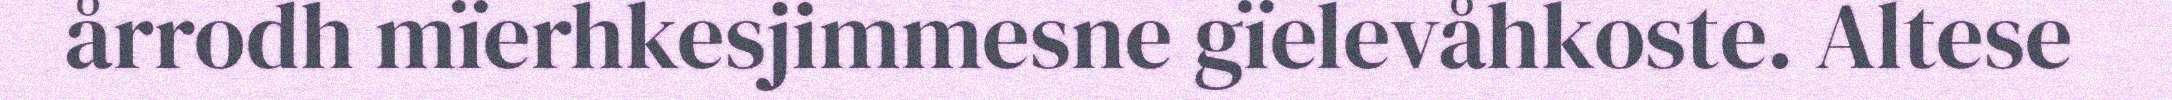
årrodh mïerhkesjimmesne gïelevåhkoste. Altese